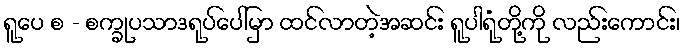
ရူပေ စ - စက္ခုပသာဒရုပ်ပေါ်မှာ ထင်လာတဲ့အဆင်း ရူပါရုံတို့ကို လည်းကောင်း၊